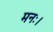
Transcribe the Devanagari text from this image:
मनः।